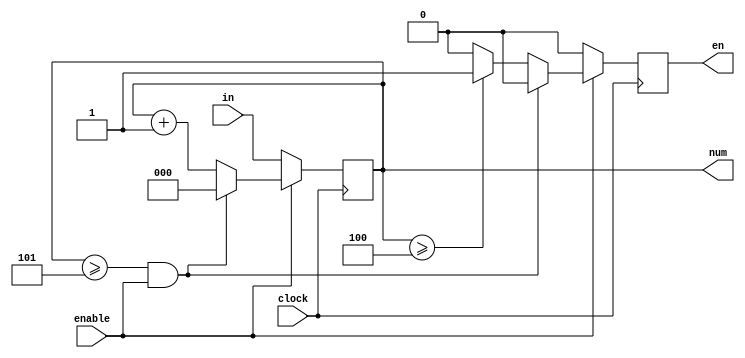
`timescale 1ns / 1ps
//////////////////////////////////////////////////////////////////////////////////
//Created By Joshua Paul
//Counter Controlled by clock speed and an enable switch
//////////////////////////////////////////////////////////////////////////////////
module Counter_6(
input clock,
input [2:0] in,
input  enable,
output reg [2:0] num =0,
output reg en = 0                         //enable switch for next counter
    );
    

    always @(posedge clock)    
    begin                      
        en <=0;                 //ensure next enable is off
    if (enable != 1)            // when enable is off, time is being adjusted
        num <= in;
        else if (num >= 3'd5 && enable)      //Reset when 5 is reached
            num <= 3'd0;                
        else if (enable)        //count when enable is on
        begin
        if (num >= 3'd4) begin  //signal next counter to count
                en <= 1; 
                num <= num +1;
        end
        else num <= num +1;
        end
        else num <= num;
        end      
endmodule